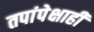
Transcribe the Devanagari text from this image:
तपांपेक्षाही